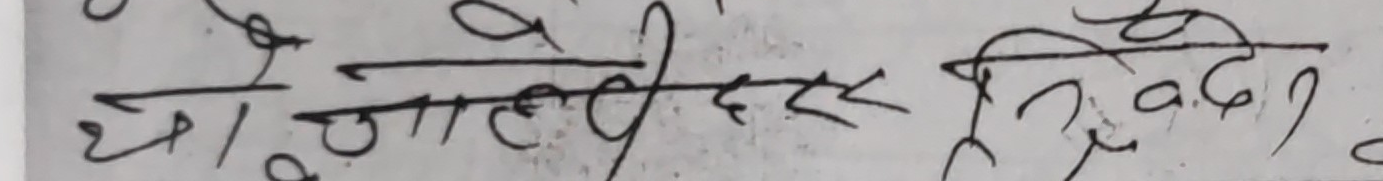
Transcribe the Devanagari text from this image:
यो जाहेरी दरखास्त दिने ।